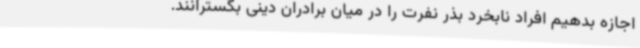
اجازه بدهیم افراد نابخرد بذر نفرت را در میان برادران دینی بگسترانند.